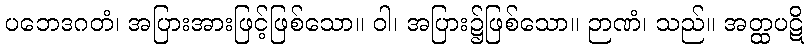
ပဘေဒဂတံ၊ အပြားအားဖြင့်ဖြစ်သော။ ဝါ၊ အပြား၌ဖြစ်သော။ ဉာဏံ၊ သည်။ အတ္ထပဋိ